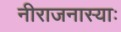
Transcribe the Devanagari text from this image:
नीराजनास्याः